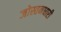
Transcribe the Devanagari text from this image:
जोस्तनधारी